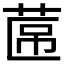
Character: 𮏕